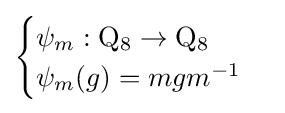
{\begin{cases}\psi _{m}:\mathrm {Q} _{8}\to \mathrm {Q} _{8}\\\psi _{m}(g)=mgm^{-1}\end{cases}}